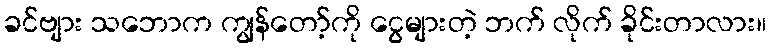
ခင်ဗျား သဘောက ကျွန်တော့်ကို ငွေများတဲ့ ဘက် လိုက် ခိုင်းတာလား။